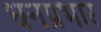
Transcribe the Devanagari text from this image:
धनप्रभार